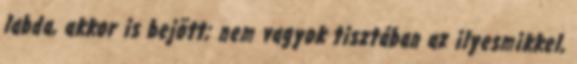
labda, akkor is bejött; nem vagyok tisztában az ilyesmikkel,